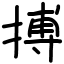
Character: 搏